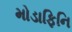
મોડાફિનિ